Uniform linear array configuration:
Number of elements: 8
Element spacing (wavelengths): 0.25
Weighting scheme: hamming
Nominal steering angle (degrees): -30
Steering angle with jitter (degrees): -31.531
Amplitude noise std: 0.05
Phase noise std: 0.05

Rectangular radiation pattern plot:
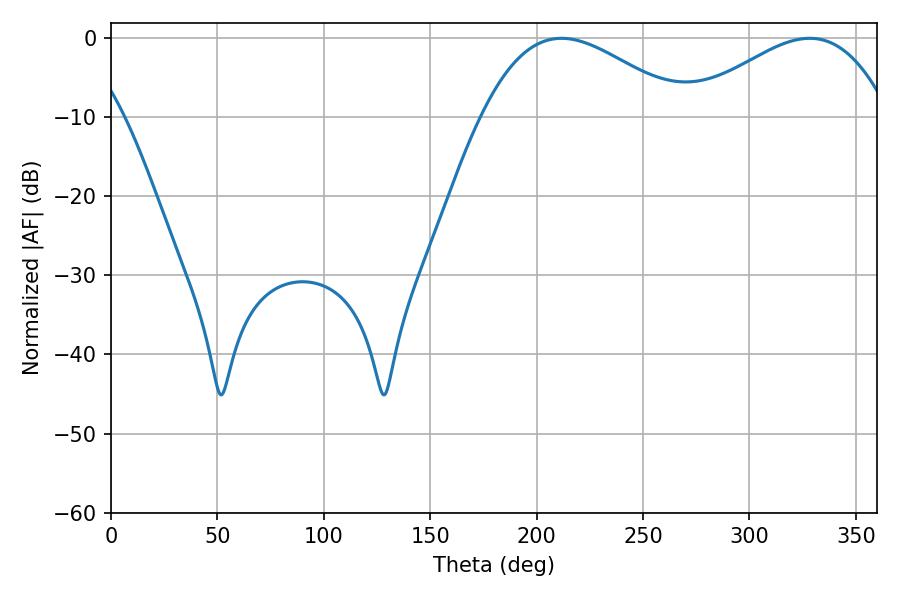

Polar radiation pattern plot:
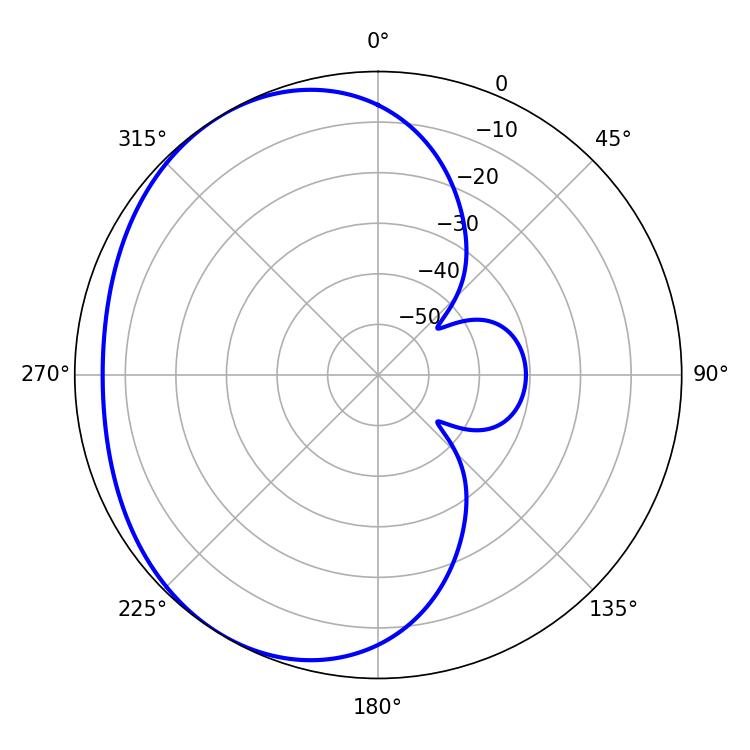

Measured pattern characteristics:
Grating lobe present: FALSE
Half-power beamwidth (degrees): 51.48
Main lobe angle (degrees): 211.68